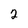
Character: 2